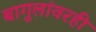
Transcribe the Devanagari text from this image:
बागुलांवरही